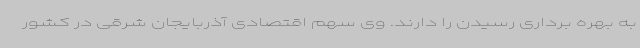
به بهره برداری رسیدن را دارند. وی سهم اقتصادی آذربایجان شرقی در کشور